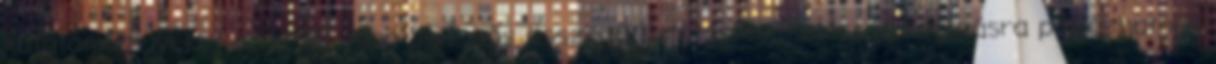
kutatóműhelyeket az NKFI Alap Jelentős összegű kutatásfejlesztési támogatásra pályázhatnak